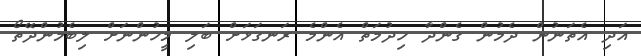
އަދި އެތަނުން ދެމުން ގެންދާ ހިދުމަތް އެންމެ ރަނގަޅަށް ބަލި މީހުންނަށް ލިބެމުންދޭތޯ